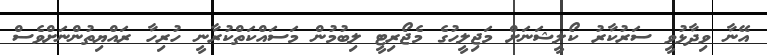
އޭނާ ވިދާޅުވީ ސަރުކާރު ކޯލީޝަނަށް މަޖިލީހުގެ މެޖޯރިޓީ ލިބުމުން މަސައްކަތްކުރާނީ ހުރިހާ ރައްޔިތުންނަށްވެސް